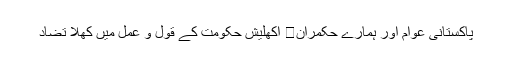
پاکستانی عوام اور ہمارے حکمران	 اکھلیش حکومت کے قول و عمل میں کھلا تضاد